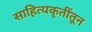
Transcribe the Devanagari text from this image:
साहित्यकृतींतून